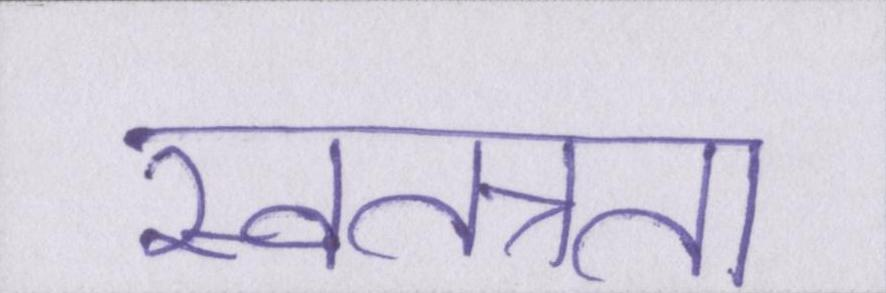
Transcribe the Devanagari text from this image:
स्वतत्रता